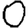
Digit: 0